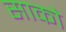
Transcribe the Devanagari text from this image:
साको